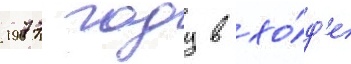
1977 году в хо́д'е